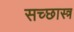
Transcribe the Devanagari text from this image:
सच्छास्त्र